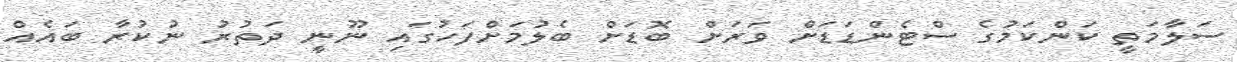
ސަލާމަތީ ކަންކަމުގެ ސްޓެންޑަޑަށް ވަރަށް ބޮޑަށް ބެލުމަށްފަހުގައި ނޫނީ ދަތުރު ނުކުރާ ބައެއް